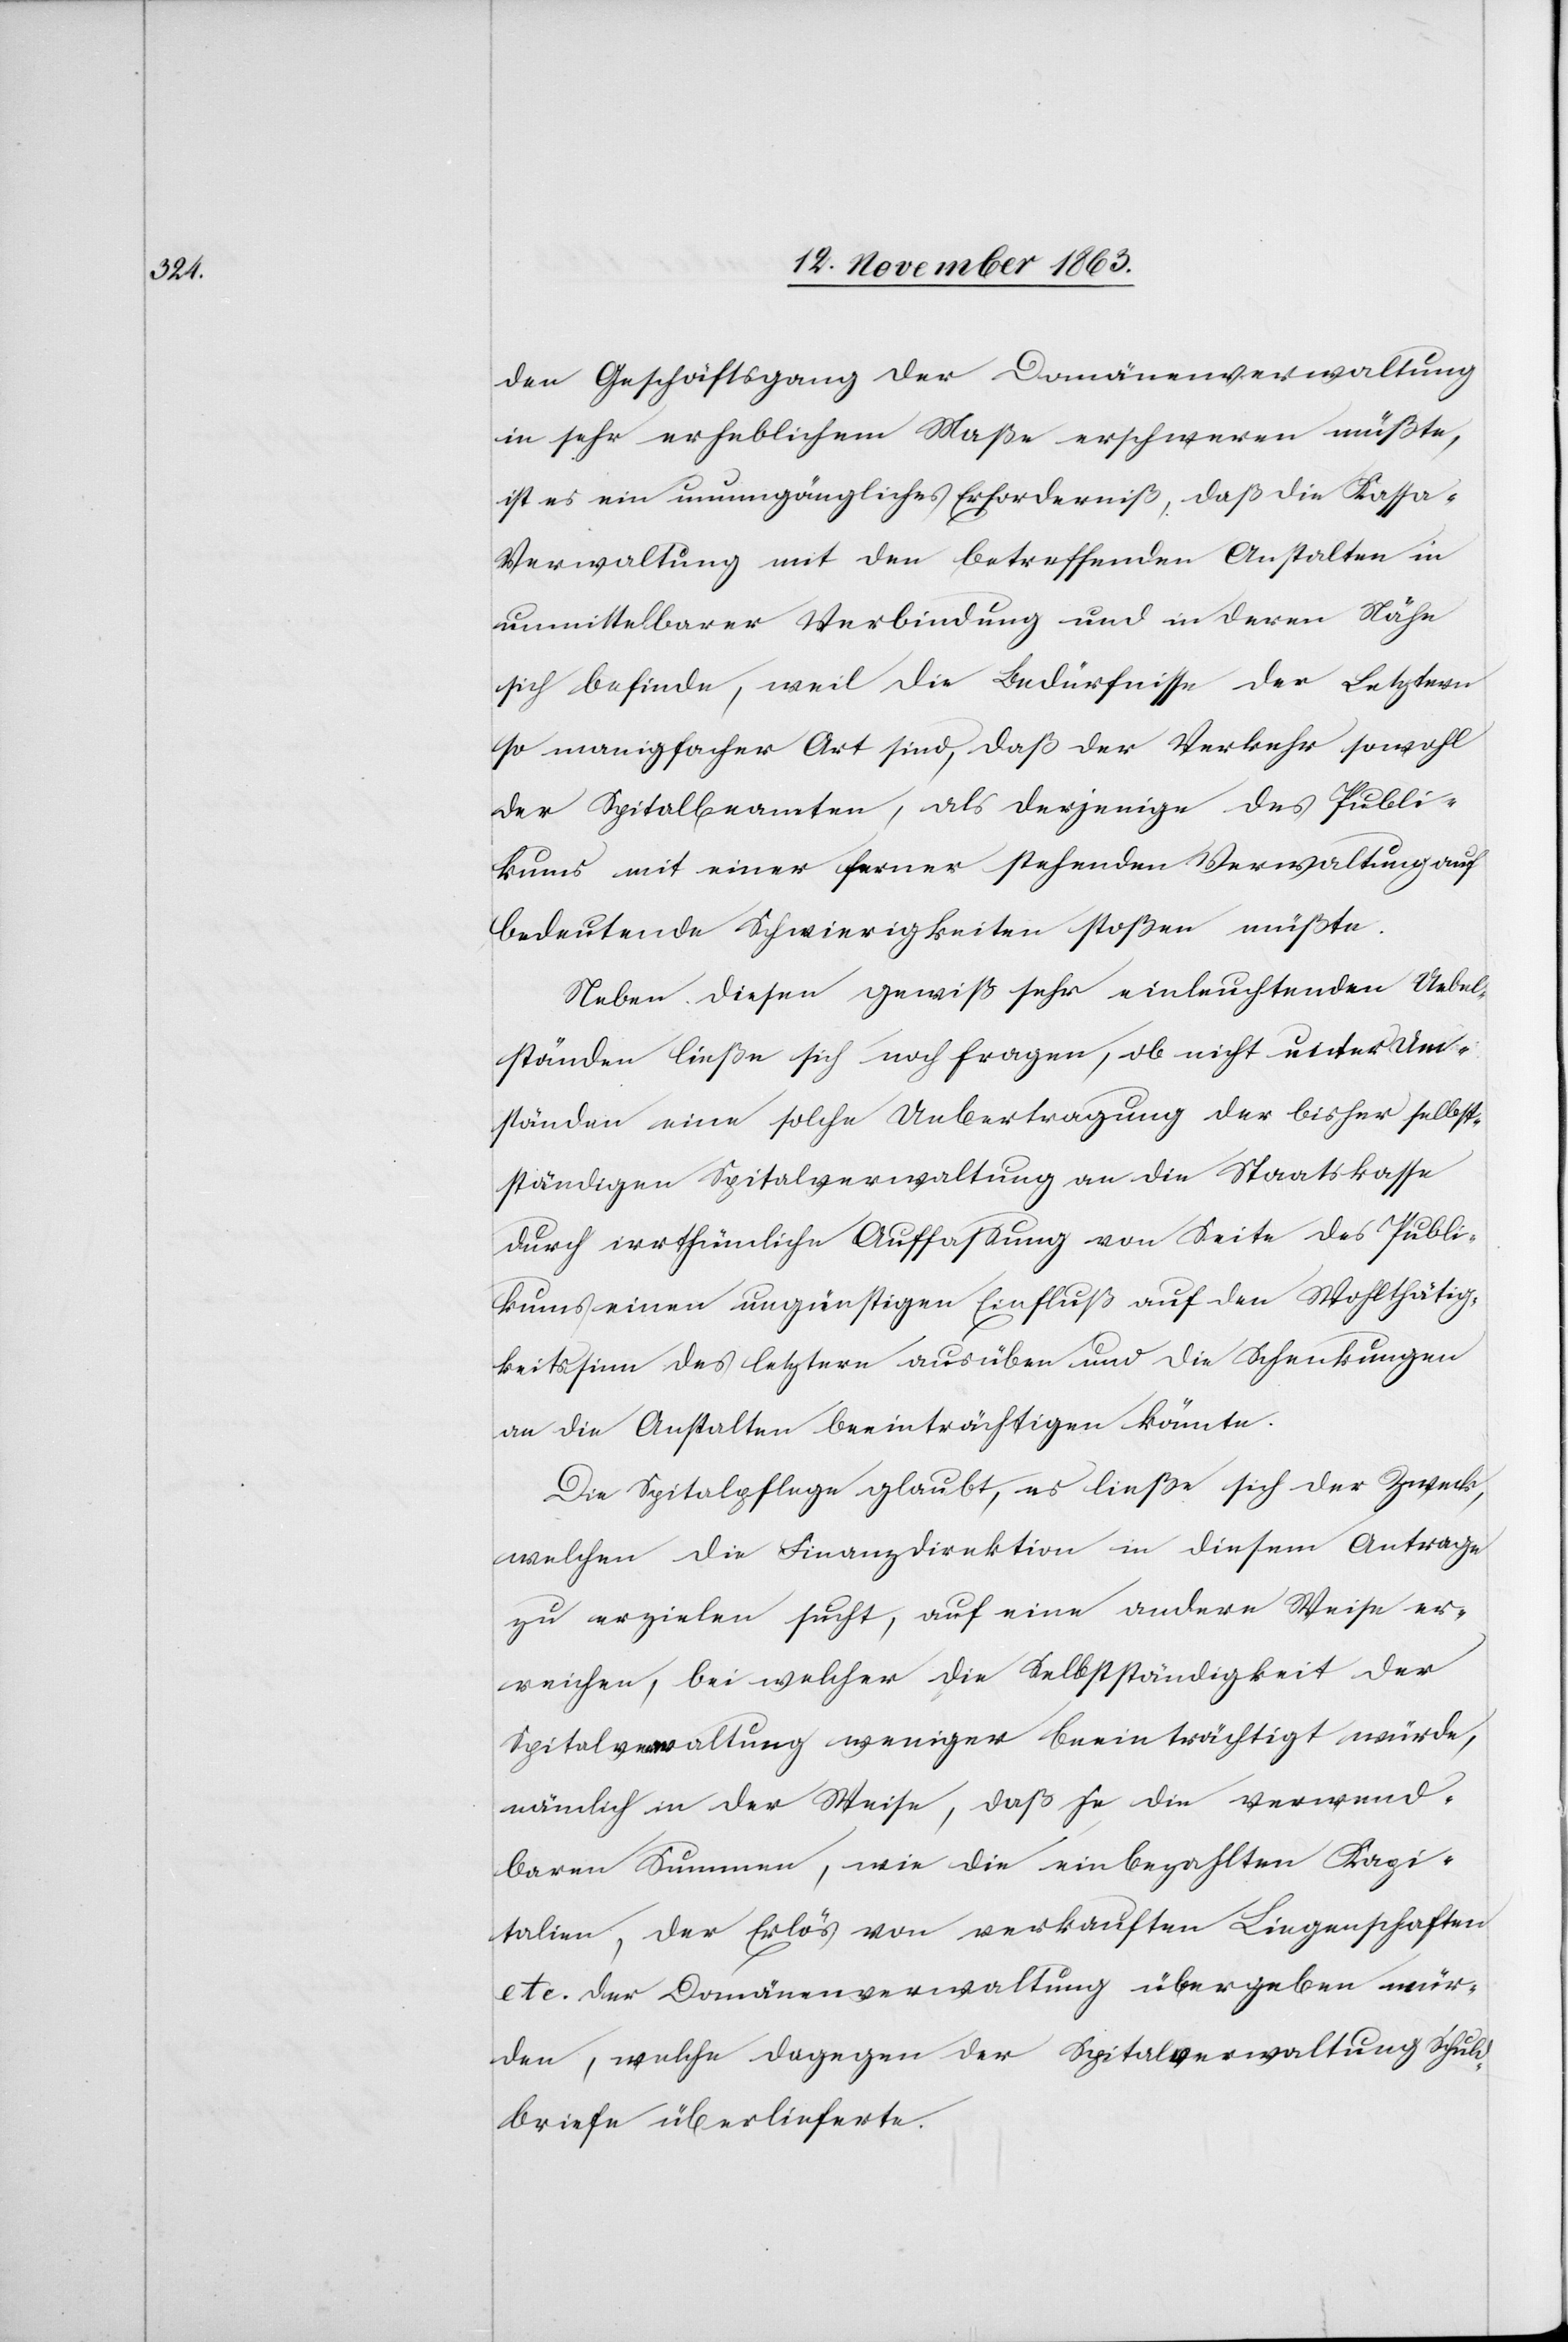
den Geschäftsgang der Domänenverwaltung
in sehr erheblichem Maße erschweren müßte,
ist es ein unumgängliches Erforderniß, daß die Kassa-V¬
erwaltung mit den betreffenden Anstalten in
unmittelbarer Verbindung und in deren Nähe
sich befinde, weil die Bedürfnisse der Letztern
so manigfacher Art sind, daß der Verkehr sowohl
der Spitalbeamten, als derjenige des Publi¬
kums mit einer ferner stehenden Verwaltung auf
bedeutende Schwierigkeiten stoßen müßte.
Neben diesen gewiß sehr einleuchtenden Uebel¬
ständen ließe sich noch fragen, ob nicht unter Um¬
ständen eine solche Uebertragung der bisher selbst¬
ständigen Spitalverwaltung an die Staatskasse
durch irrthümliche Auffassung von Seite des Publi¬
kums einen ungünstigen Einfluß auf den Wohlthätig¬
keitssinn des letztern ausüben und die Schenkungen
an die Anstalten beeinträchtigen könnte.
Die Spitalpflege glaubt, es ließe sich der Zweck,
welchen die Finanzdirektion in diesem Antrage
zu erzielen sucht, auf eine andere Weise er¬
reichen, bei welcher die Selbstständigkeit der
Spitalverwaltung weniger beeinträchtigt würde,
nämlich in der Weise, daß je die verwend¬
baren Summen, wie die einbezahlten Kapi¬
talien, der Erlös von verkauften Liegenschaften
etc. der Domänenverwaltung übergeben wür¬
den, welche dagegen der Spitalverwaltung Schuld¬
briefe überlieferte.